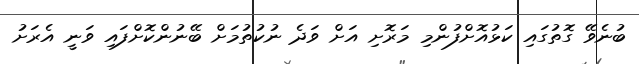
ބުނެވޭ ގޮތުގައި ކަޅުއޮށްފުންމި މަރޮށި އަށް ވަދެ ނުކުތުމަށް ބޭނުންކޮށްފައި ވަނީ އެރަށު